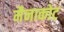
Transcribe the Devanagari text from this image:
मैनाकोट